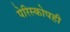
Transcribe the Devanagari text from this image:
पेरिस्कोपही